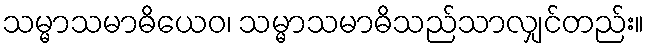
သမ္မာသမာဓိယေဝ၊ သမ္မာသမာဓိသည်သာလျှင်တည်း။